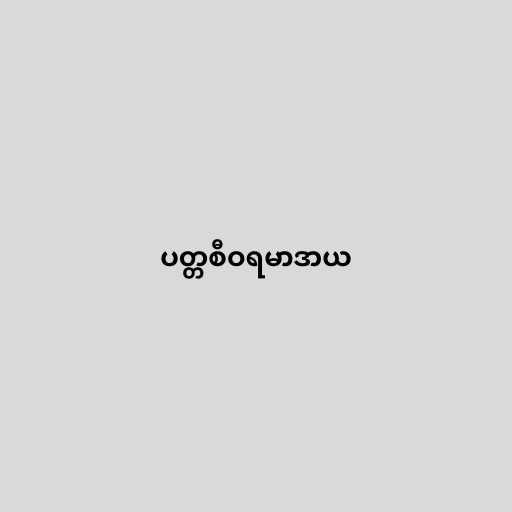
ပတ္တစီဝရမာဒာယ